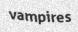
vampires